Annual report on the working of the lock hospitals in the North-Western Provinces and Oudh
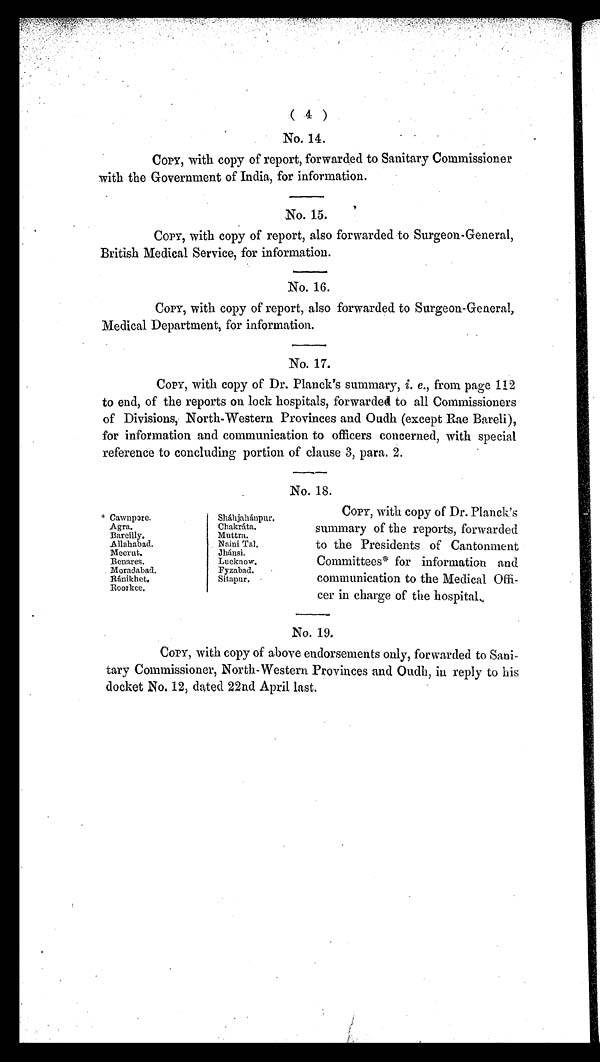
( 4 )
No. 14.
COPY, with copy of report, forwarded to Sanitary Commissioner
with the Government of India, for information.
No. 15.
COPY, with copy of report, also forwarded to Surgeon-General,
British Medical Service, for information.
No. 16.
COPY, with copy of report, also forwarded to Surgeon-General,
Medical Department, for information.
No. 17.
COPY, with copy of Dr. Planck's summary, i . e ., from page 112
to end, of the reports on lock hospitals, forwarded to all Commissioners
of Divisions, North-Western Provinces and Oudh (except Rae Bareli),
for information and communication to officers concerned, with special
reference to concluding portion of clause 3, para. 2.
No. 18.
* Cawnpore.
Sháhjahánpur.
Agra.
Chakráta.
Bareilly.
Muttra.
Allahabad.
Naini Tal.
Meerut.
Jhánsi.
Benares.
Lucknow.
Moradabad.
Fyzabad.
Ránikhet.
Sitapur
Roorkee.
COPY, with copy of Dr. Planck's
summary of the reports, forwarded
to the Presidents of Cantonment
Committees* for information and
communication to the Medical Offi-
cer in charge of the hospital.
No. 19.
COPY, with copy of above endorsements only, forwarded to Sani-
tary Commissioner, North-Western Provinces and Oudh, in reply to his
docket No. 12, dated 22nd April last.